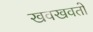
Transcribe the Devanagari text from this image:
खवखवतो